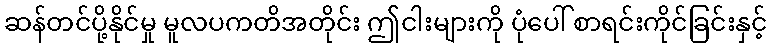
ဆန်တင်ပို့နိုင်မှု မူလပကတိအတိုင်း ဤငါးများကို ပုံပေါ် စာရင်းကိုင်ခြင်းနှင့်